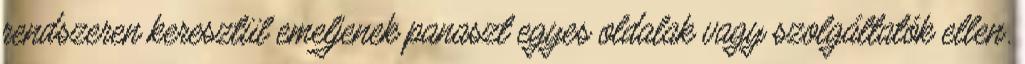
rendszeren keresztül emeljenek panaszt egyes oldalak vagy szolgáltatók ellen.